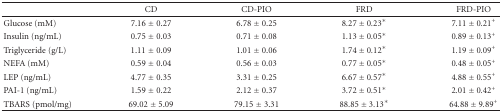
|  | CD | CD-PIO | FRD | FRD-PIO |
 | --- | --- | --- | --- | --- |
 | Glucose (mM) | 7.16 ± 0.27 | 6.78 ± 0.25 | 8.27 ± 0.23* | 7.11 ± 0.21+ |
 | Insulin (ng/mL) | 0.75 ± 0.03 | 0.71 ± 0.08 | 1.13 ± 0.05* | 0.89 ± 0.13+ |
 | Triglyceride (g/L) | 1.11 ± 0.09 | 1.01 ± 0.06 | 1.74 ± 0.12* | 1.19 ± 0.09+ |
 | NEFA (mM) | 0.59 ± 0.04 | 0.56 ± 0.03 | 0.77 ± 0.05* | 0.48 ± 0.05+ |
 | LEP (ng/mL) | 4.77 ± 0.35 | 3.31 ± 0.25 | 6.67 ± 0.57* | 4.88 ± 0.55+ |
 | PAI-1 (ng/mL) | 1.59 ± 0.22 | 2.12 ± 0.37 | 3.72 ± 0.51* | 2.01 ± 0.42+ |
 | TBARS (pmol/mg) | 69.02 ± 5.09 | 79.15 ± 3.31 | 88.85 ± 3.13* | 64.88 ± 9.89+ |